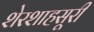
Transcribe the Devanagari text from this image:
शेरशाहसूरी